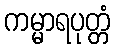
ကမ္မာရပုတ္တံ